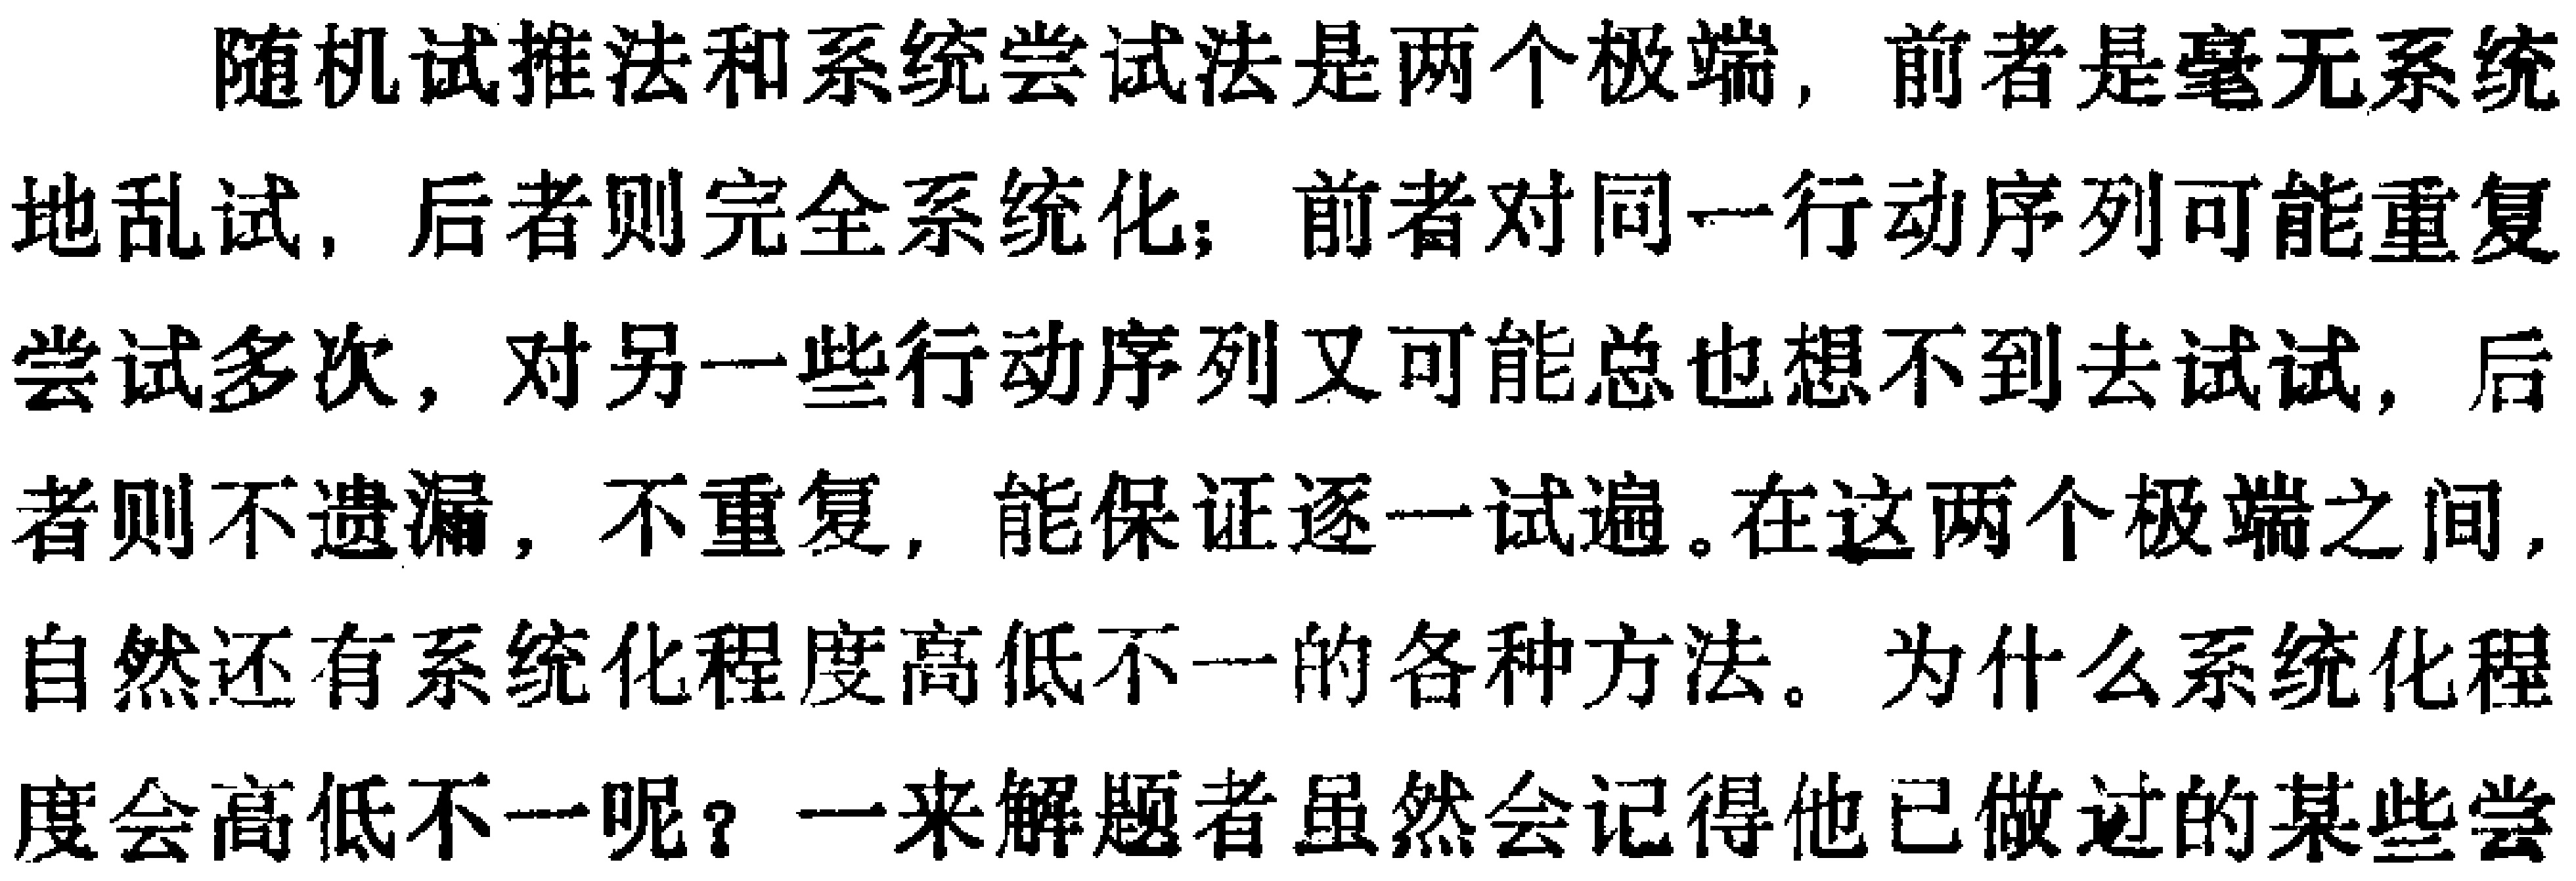
随机试推法和系统尝试法是两个极端, 前者是毫无系统地乱试, 后者则完全系统化; 前者对同一行动序列可能重复尝试多次, 对另一些行动序列又可能总也想不到去试试, 后者则不遗漏, 不重复, 能保证逐一试遍。在这两个极端之间, 自然还有系统化程度高低不一的各种方法。为什么系统化程度会高低不一呢？一来解题者虽然会记得他已做过的某些尝